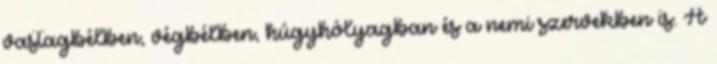
vastagbélben, végbélben, húgyhólyagban és a nemi szervekben is. A